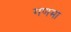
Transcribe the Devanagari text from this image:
गणमा